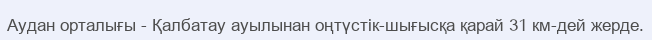
Аудан орталығы - Қалбатау ауылынан оңтүстік-шығысқа қарай 31 км-дей жерде.